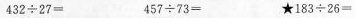
$$4 3 2 { \div } 27 =$$ $$4 5 7 { \div } 7 3 = $$$$\star 1 8 3 { \div } 26 =$$